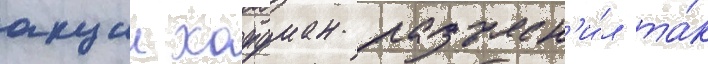
акции хоффман разъясн'и́л та́к